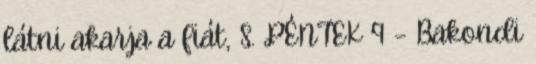
látni akarja a fiát, S. PÉNTEK 9 – Bakondi